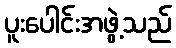
ပူးပေါင်းအဖွဲ့သည်